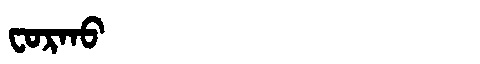
Manchu: ᠸᠣᡵᡴᠣ
Romanization: FORKO